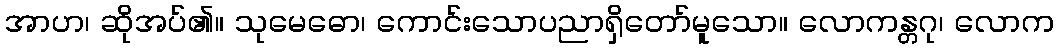
အာဟ၊ ဆိုအပ်၏။ သုမေဓော၊ ကောင်းသောပညာရှိတော်မူသော။ လောကန္တဂု၊ လောက